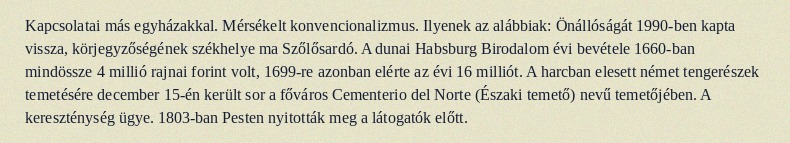
Kapcsolatai más egyházakkal. Mérsékelt konvencionalizmus. Ilyenek az alábbiak: Önállóságát 1990-ben kapta vissza, körjegyzőségének székhelye ma Szőlősardó. A dunai Habsburg Birodalom évi bevétele 1660-ban mindössze 4 millió rajnai forint volt, 1699-re azonban elérte az évi 16 milliót. A harcban elesett német tengerészek temetésére december 15-én került sor a főváros Cementerio del Norte (Északi temető) nevű temetőjében. A kereszténység ügye. 1803-ban Pesten nyitották meg a látogatók előtt.